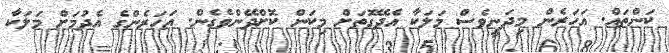
ކަންތައް. އަހަރެން މިދަނީވެސް މަލަކާ އެދޭގޮތަށް މިކަން ކޮށްދޭންވެގެން. އަހަރެންގެ އެދުމަށް މަލަކާ